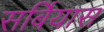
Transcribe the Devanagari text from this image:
सर्बियास